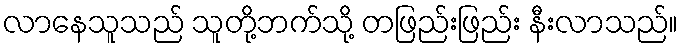
လာနေသူသည် သူတို့ဘက်သို့ တဖြည်းဖြည်း နီးလာသည်။